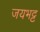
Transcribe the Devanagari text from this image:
जयभट्ट